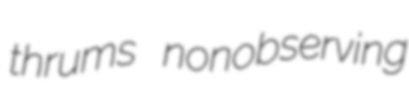
thrums nonobserving